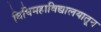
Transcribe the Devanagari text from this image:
विधिमहाविद्यालयातून